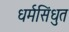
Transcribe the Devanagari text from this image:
धर्मसिंधुत